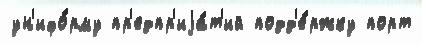
ун'ифо́рму пр'едпр'иjа́т'ий подд'е́ржку порт